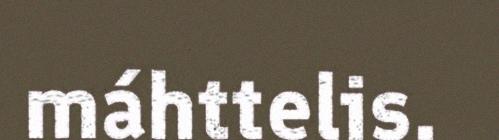
máhttelis.